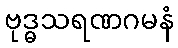
ဗုဒ္ဓသရဏဂမနံ